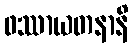
ဖဿာယတနာနိ